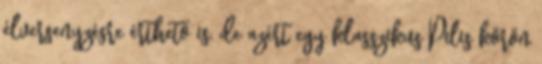
élversenyzésre érthető is, de azért egy klasszikus Pilis körön